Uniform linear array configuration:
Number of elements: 8
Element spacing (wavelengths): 0.25
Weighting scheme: hann
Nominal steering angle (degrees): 45
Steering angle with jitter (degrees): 43.121
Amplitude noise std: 0.05
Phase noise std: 0.05

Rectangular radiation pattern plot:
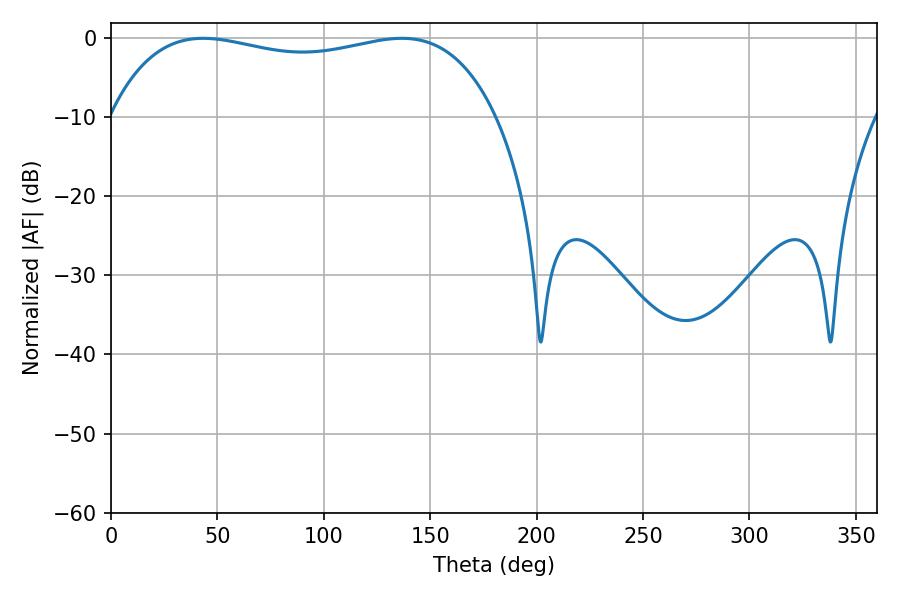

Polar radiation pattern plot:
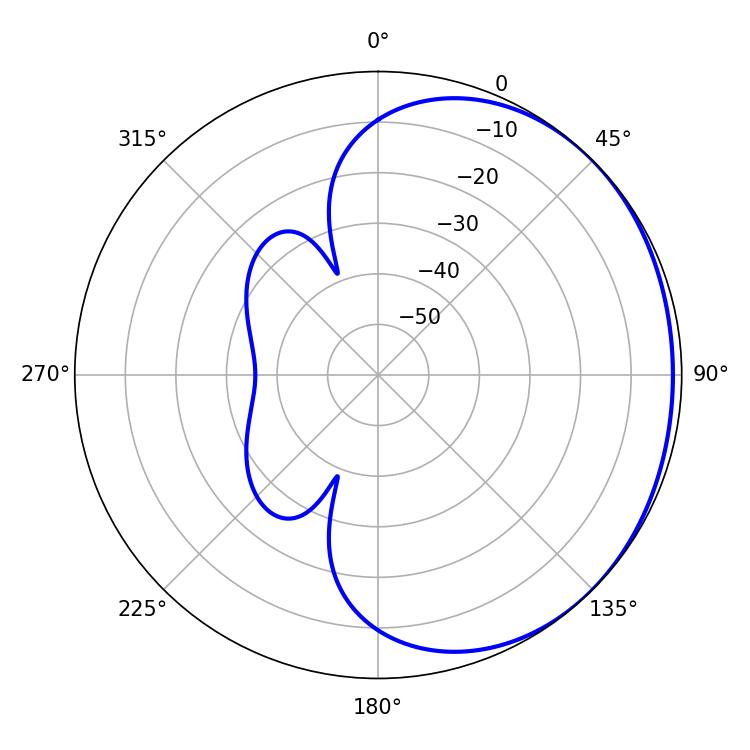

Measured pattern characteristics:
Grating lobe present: FALSE
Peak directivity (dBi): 0.9721
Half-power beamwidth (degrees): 147.24
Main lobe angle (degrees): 43.38